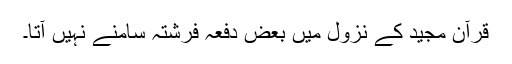
قرآن مجید کے نزول میں بعض دفعہ فرشتہ سامنے نہیں آتا۔